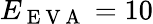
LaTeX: E_{\mathrm{~E~V~A~}}=10